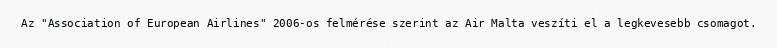
Az "Association of European Airlines" 2006-os felmérése szerint az Air Malta veszíti el a legkevesebb csomagot.